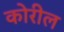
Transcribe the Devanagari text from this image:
कोरील